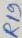
Text: R19